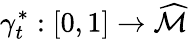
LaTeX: \gamma_{t}^{*}:[0,1]\rightarrow\widehat{\mathcal{M}}